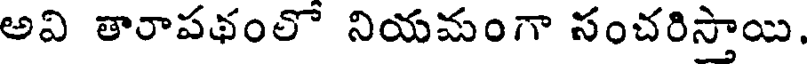
అవి తారాపథంలో నియమంగా సంచరిస్తాయి.